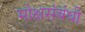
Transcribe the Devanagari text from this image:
मोक्षसंबंधी